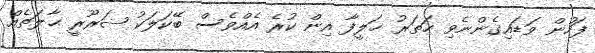
ފަހުން ވަޑައިގެންނެވި ހަތަރު ޚަލީފާ އިން ކުރެ އެއްވެސް ބޭކަލަކު ޟަރޫރީ ޙާލަތެއް